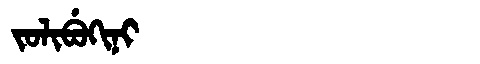
Manchu: ᠵᠣᠯᡳᠪᡠᡴᡳᠨᡳ
Romanization: JOLIBUKINI